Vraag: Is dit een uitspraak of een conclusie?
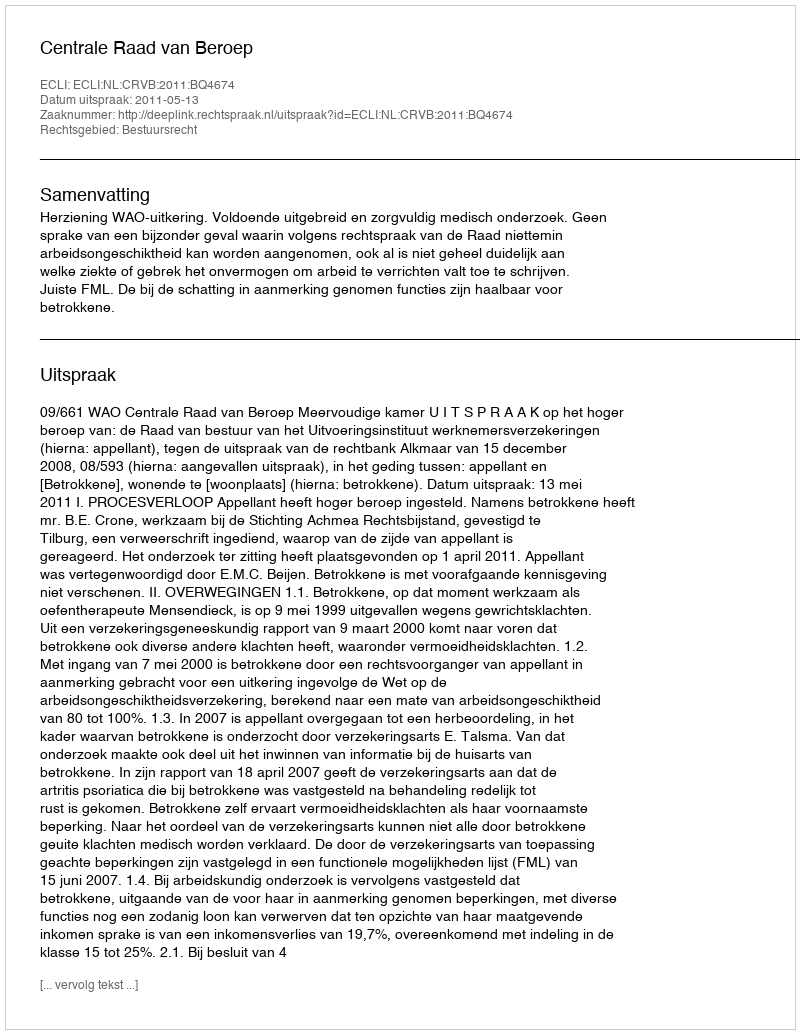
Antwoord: Uitspraak